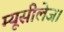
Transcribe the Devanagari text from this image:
म्यूसीलेज।